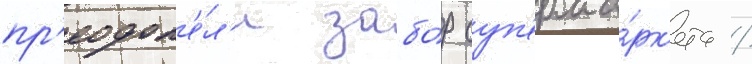
пр'еодол'е́л'и забо́р суп'ерма́рк'ета /